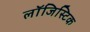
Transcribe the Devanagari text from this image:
लाॅजिस्टिक